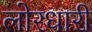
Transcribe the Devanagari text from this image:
लोरधारी